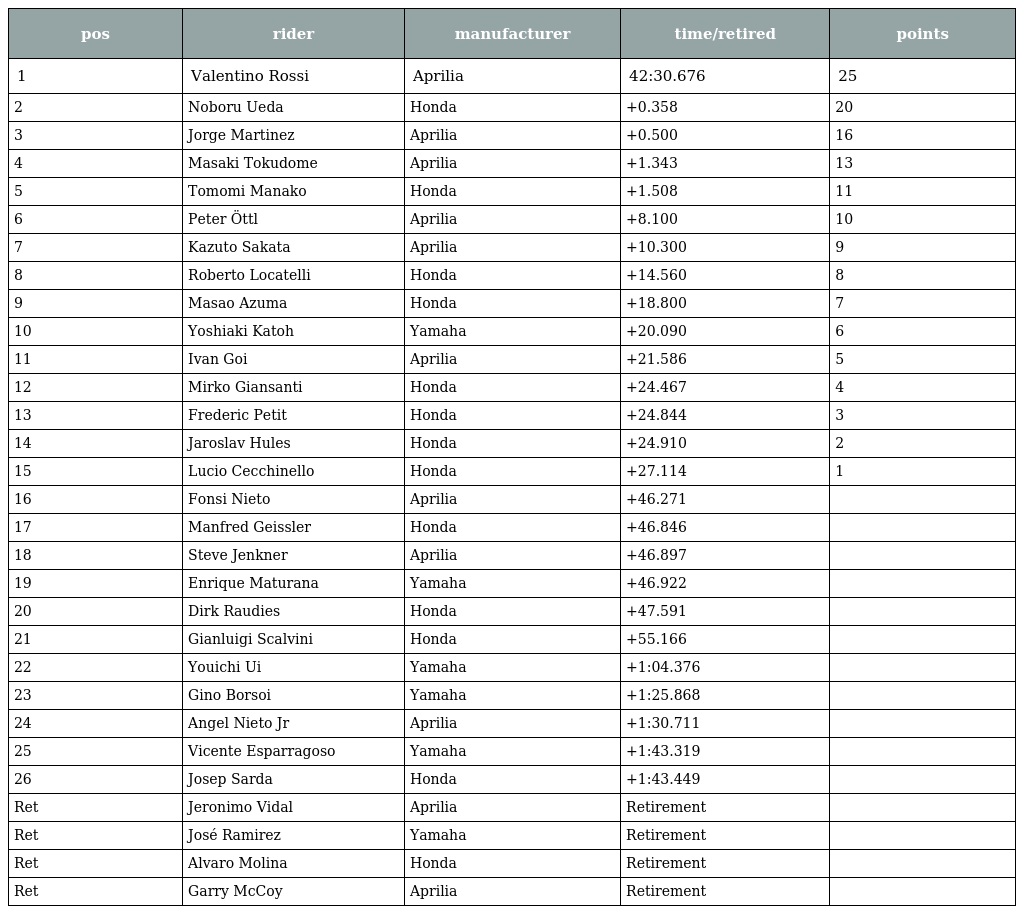
| pos | rider | manufacturer | time/retired | points |
 | --- | --- | --- | --- | --- |
 | 1 | Valentino Rossi | Aprilia | 42:30.676 | 25 |
 | 2 | Noboru Ueda | Honda | +0.358 | 20 |
 | 3 | Jorge Martinez | Aprilia | +0.500 | 16 |
 | 4 | Masaki Tokudome | Aprilia | +1.343 | 13 |
 | 5 | Tomomi Manako | Honda | +1.508 | 11 |
 | 6 | Peter Öttl | Aprilia | +8.100 | 10 |
 | 7 | Kazuto Sakata | Aprilia | +10.300 | 9 |
 | 8 | Roberto Locatelli | Honda | +14.560 | 8 |
 | 9 | Masao Azuma | Honda | +18.800 | 7 |
 | 10 | Yoshiaki Katoh | Yamaha | +20.090 | 6 |
 | 11 | Ivan Goi | Aprilia | +21.586 | 5 |
 | 12 | Mirko Giansanti | Honda | +24.467 | 4 |
 | 13 | Frederic Petit | Honda | +24.844 | 3 |
 | 14 | Jaroslav Hules | Honda | +24.910 | 2 |
 | 15 | Lucio Cecchinello | Honda | +27.114 | 1 |
 | 16 | Fonsi Nieto | Aprilia | +46.271 |  |
 | 17 | Manfred Geissler | Honda | +46.846 |  |
 | 18 | Steve Jenkner | Aprilia | +46.897 |  |
 | 19 | Enrique Maturana | Yamaha | +46.922 |  |
 | 20 | Dirk Raudies | Honda | +47.591 |  |
 | 21 | Gianluigi Scalvini | Honda | +55.166 |  |
 | 22 | Youichi Ui | Yamaha | +1:04.376 |  |
 | 23 | Gino Borsoi | Yamaha | +1:25.868 |  |
 | 24 | Angel Nieto Jr | Aprilia | +1:30.711 |  |
 | 25 | Vicente Esparragoso | Yamaha | +1:43.319 |  |
 | 26 | Josep Sarda | Honda | +1:43.449 |  |
 | Ret | Jeronimo Vidal | Aprilia | Retirement |  |
 | Ret | José Ramirez | Yamaha | Retirement |  |
 | Ret | Alvaro Molina | Honda | Retirement |  |
 | Ret | Garry McCoy | Aprilia | Retirement |  |